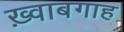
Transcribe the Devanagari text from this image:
ख़्वाबगाह